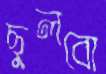
ছুলবো